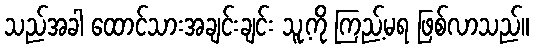
သည်အခါ ထောင်သားအချင်းချင်း သူ့ကို ကြည့်မရ ဖြစ်လာသည်။